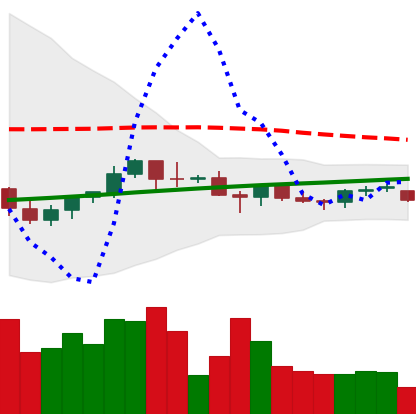
Ticker: BNB-USD
Chart end date: 2021-06-16
Forward return: -21.914%
Label: down_7plus